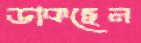
ডাকছেন